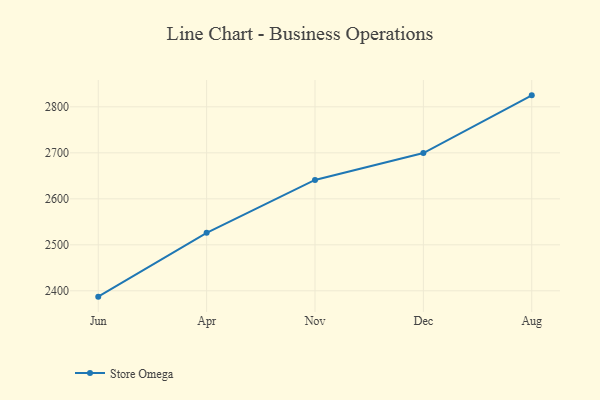
{"axis": {"x": "Month", "y": "Net Income (USD K)"}, "legend": ["Store Omega"], "data": [{"x": "Jun", "y": 2387.3, "type": "Store Omega"}, {"x": "Apr", "y": 2526.2, "type": "Store Omega"}, {"x": "Nov", "y": 2641.0, "type": "Store Omega"}, {"x": "Dec", "y": 2699.5, "type": "Store Omega"}, {"x": "Aug", "y": 2825.0, "type": "Store Omega"}]}